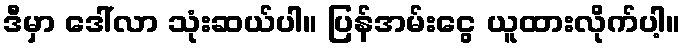
ဒီမှာ ဒေါ်လာ သုံးဆယ်ပါ။ ပြန်အမ်းငွေ ယူထားလိုက်ပါ့။